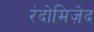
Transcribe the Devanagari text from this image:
रंदोमिज़ेद